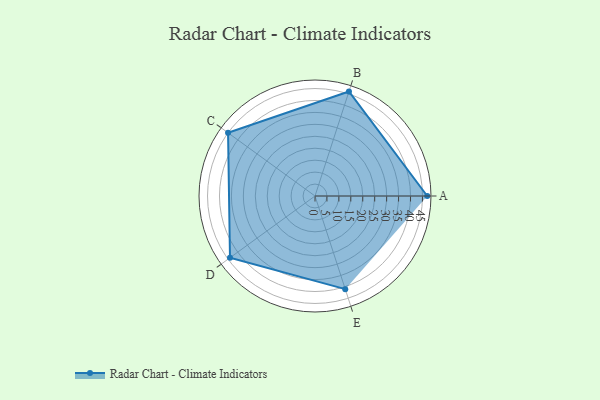
{"axis": {"x": "Skill", "y": "Score"}, "legend": ["Profile"], "data": [{"x": "A", "y": 47.0, "type": "Profile"}, {"x": "B", "y": 46.0, "type": "Profile"}, {"x": "C", "y": 45.0, "type": "Profile"}, {"x": "D", "y": 44.0, "type": "Profile"}, {"x": "E", "y": 41.0, "type": "Profile"}]}